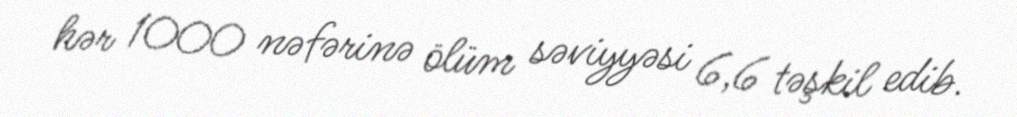
hər 1000 nəfərinə ölüm səviyyəsi 6,6 təşkil edib.